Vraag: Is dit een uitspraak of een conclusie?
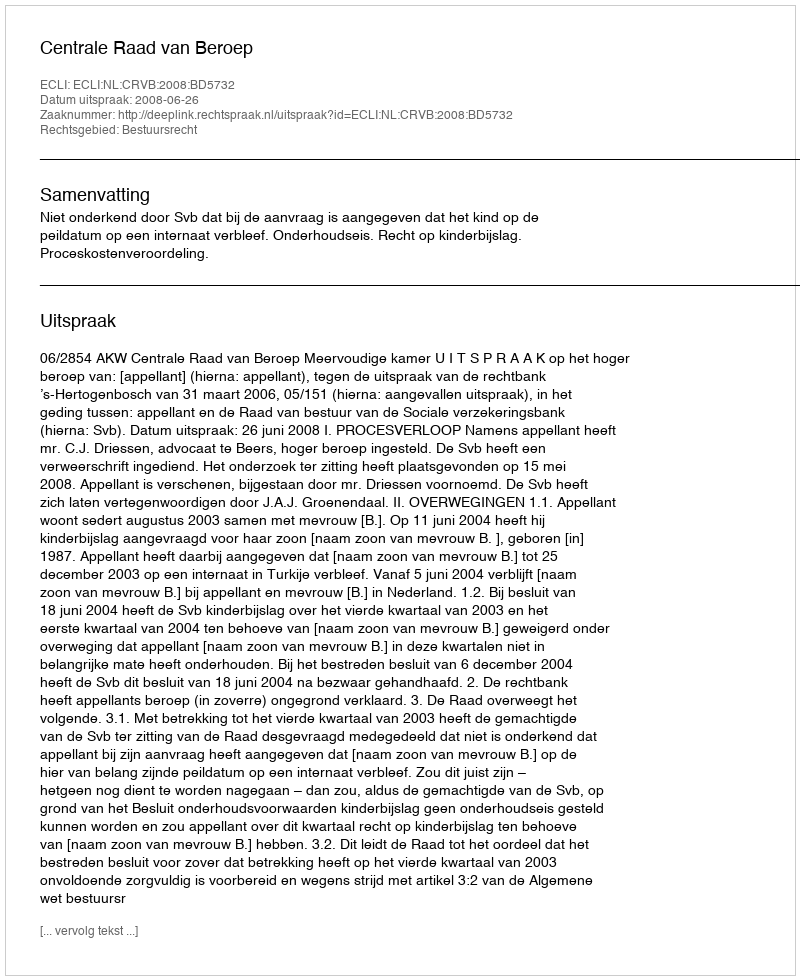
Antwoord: Uitspraak